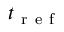
t _ { \mathrm { ~ r ~ e ~ f ~ } }